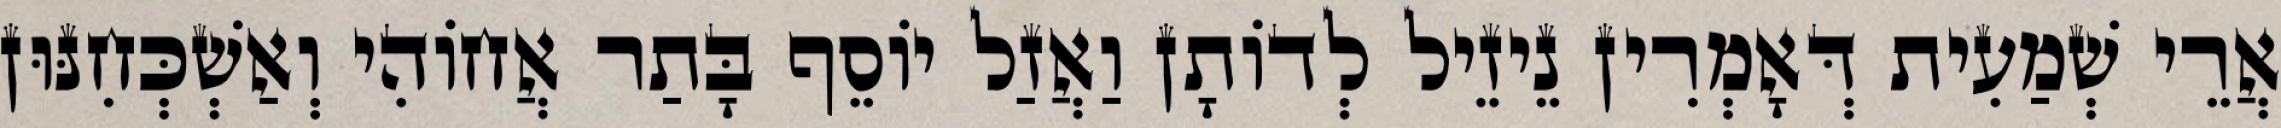
אֲרֵי שְׁמַעִית דְּאָמְרִין נֵיזֵיל לְדוֹתָן וַאֲזַל יוֹסֵף בָּתַר אֲחוֹהִי וְאַשְׁכְּחִנּוּן